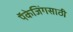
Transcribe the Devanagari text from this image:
पॅकेजिंगसाठी